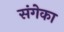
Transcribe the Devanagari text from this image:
संगेका